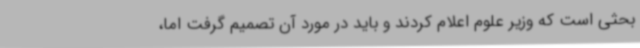
بحثی است که وزیر علوم اعلام کردند و باید در مورد آن تصمیم گرفت اما،